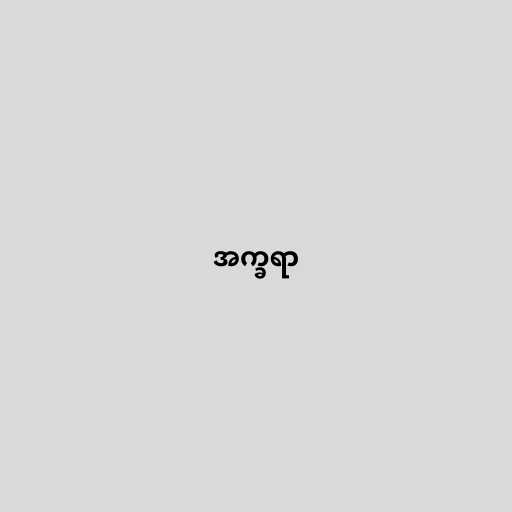
အက္ခရာ